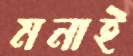
মনাই